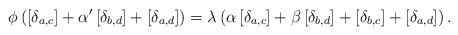
LaTeX: \begin{align*}\phi \left( \left[ \delta _{a,c}\right] +\alpha ^{\prime }\left[ \delta_{b,d}\right] +\left[ \delta _{a,d}\right] \right) =\lambda \left( \alpha \left[ \delta _{a,c}\right] +\beta \left[ \delta _{b,d}\right] +\left[\delta _{b,c}\right] +\left[ \delta _{a,d}\right] \right) . \end{align*}